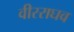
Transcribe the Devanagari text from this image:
वीरराघव